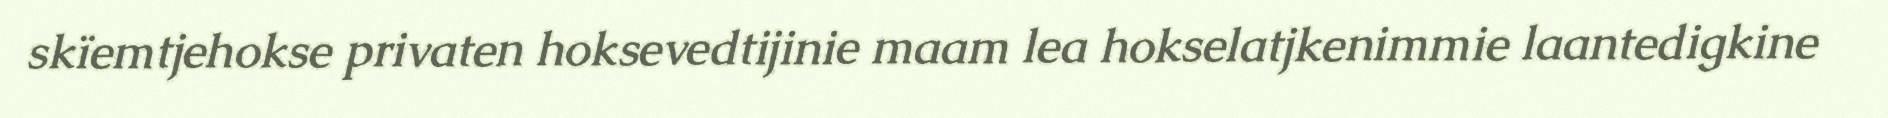
skïemtjehokse privaten hoksevedtijinie maam lea hokselatjkenimmie laantedigkine